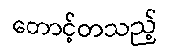
တောင့်တသည့်